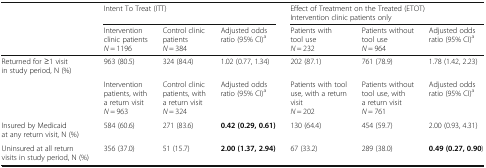
<table><thead><tr><td></td><td colspan="3"><b>Intent To Treat (ITT)</b></td><td colspan="3"><b>Effect of Treatment on the Treated (ETOT)Intervention clinic patients only</b></td></tr><tr><td></td><td><b>Intervention clinic patients<i>N</i> = 1196</b></td><td><b>Control clinic patients<i>N</i> = 384</b></td><td><b>Adjusted odds ratio (95% CI)<sup>a</sup></b></td><td><b>Patients with tool use<i>N</i> = 232</b></td><td><b>Patients without tool use<i>N</i> = 964</b></td><td><b>Adjusted odds ratio (95% CI)<sup>a</sup></b></td></tr></thead><tbody><tr><td>Returned for ≥1 visit in study period, N (%)</td><td>963 (80.5)</td><td>324 (84.4)</td><td>1.02 (0.77, 1.34)</td><td>202 (87.1)</td><td>761 (78.9)</td><td>1.78 (1.42, 2.23)</td></tr><tr><td></td><td>Intervention patients, with a return visit<i>N</i> = 963</td><td>Control clinic patients, with a return visit<i>N</i> = 324</td><td>Adjusted odds ratio (95% CI)<sup>a</sup></td><td>Patients with tool use, with a return visit<i>N</i> = 202</td><td>Patients without tool use, with a return visit<i>N</i> = 761</td><td>Adjusted odds ratio (95% CI)<sup>a</sup></td></tr><tr><td>Insured by Medicaid at any return visit, N (%)</td><td>584 (60.6)</td><td>271 (83.6)</td><td><b>0.42 (0.29, 0.61)</b></td><td>130 (64.4)</td><td>454 (59.7)</td><td>2.00 (0.93, 4.31)</td></tr><tr><td>Uninsured at all return visits in study period, N (%)</td><td>356 (37.0)</td><td>51 (15.7)</td><td><b>2.00 (1.37, 2.94)</b></td><td>67 (33.2)</td><td>289 (38.0)</td><td><b>0.49 (0.27, 0.90</b>)</td></tr></tbody></table>